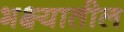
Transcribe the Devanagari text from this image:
भक्ष्यातील